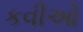
કવીઓ